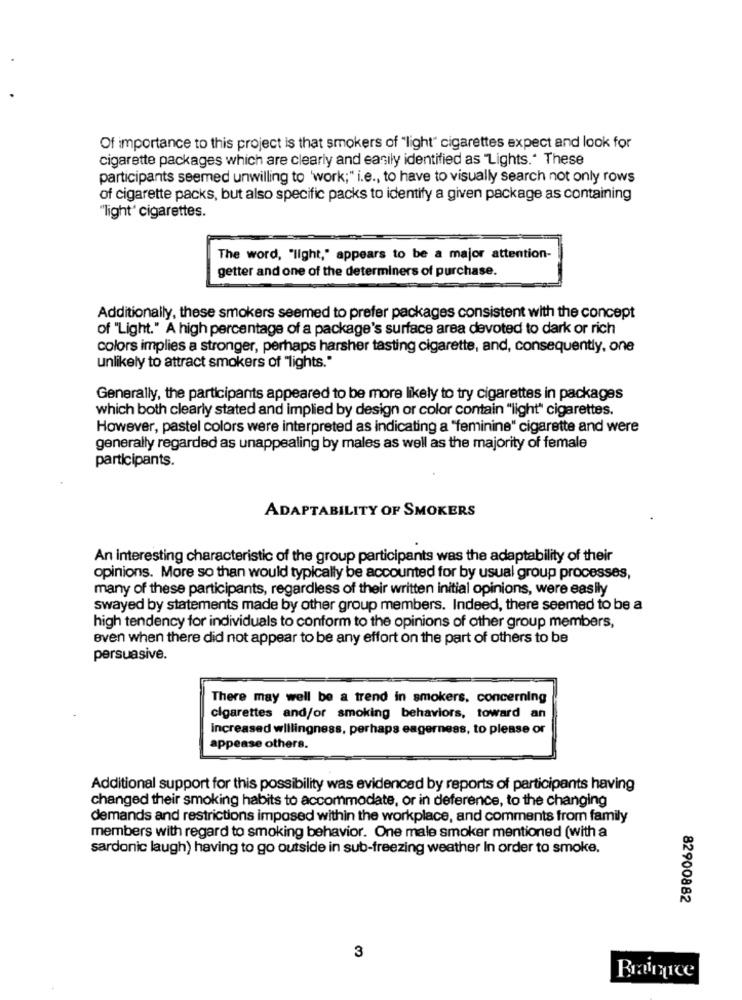
Of importance to this project is that smokers of "light" cigarettes expect and look for
cigarette packages which are clearly and easily identified as "Lights." These
participants seemed unwilling to 'work;" i.e ., to have to visually search not only rows
of cigarette packs, but also specific packs to identify a given package as containing
"light" cigarettes.
The word, "light," appears to be a major attention-
getter and one of the determiners of purchase.
Additionally, these smokers seemed to prefer packages consistent with the concept
of "Light." A high percentage of a package's surface area devoted to dark or rich
colors implies a stronger, perhaps harsher tasting cigarette, and, consequently, one
unlikely to attract smokers of "lights."
Generally, the participants appeared to be more likely to try cigarettes in packages
which both clearly stated and implied by design or color contain "light" cigarettes.
However, pastel colors were interpreted as indicating a "feminine" cigarette and were
generally regarded as unappealing by males as well as the majority of female
participants.
ADAPTABILITY OF SMOKERS
An interesting characteristic of the group participants was the adaptability of their
opinions. More so than would typically be accounted for by usual group processes,
many of these participants, regardless of their written initial opinions, were easily
swayed by statements made by other group members. Indeed, there seemed to be a
high tendency for individuals to conform to the opinions of other group members,
even when there did not appear to be any effort on the part of others to be
persuasive.
There may well be a trend in smokers, concerning
cigarettes and/or smoking behaviors, toward an
increased willingness, perhaps eagerness, to please or
appease others.
Additional support for this possibility was evidenced by reports of participants having
changed their smoking habits to accommodate, or in deference, to the changing
demands and restrictions imposed within the workplace, and comments from family
members with regard to smoking behavior. One male smoker mentioned (with a
sardonic laugh) having to go outside in sub-freezing weather In order to smoke.
82900882
3
Brainarce